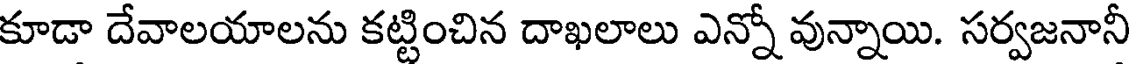
కూడా దేవాలయాలను కట్టించిన దాఖలాలు ఎన్నో వున్నాయి. సర్వజనానీ